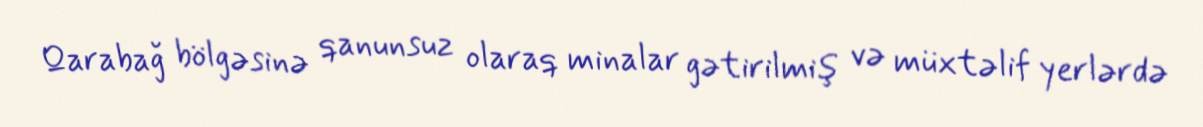
Qarabağ bölgəsinə qanunsuz olaraq minalar gətirilmiş və müxtəlif yerlərdə